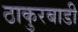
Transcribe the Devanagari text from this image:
ठाकुरबाडी